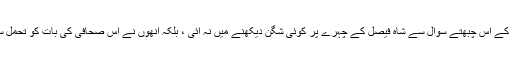
صحافی کے اس چبھتے سوال سے شاہ فیصل کے چہرے پر کوئی شگن دیکھنے میں نہ آئی ، بلکہ انھوں نے اس صحافی کی بات کو تحمل سے سنا۔